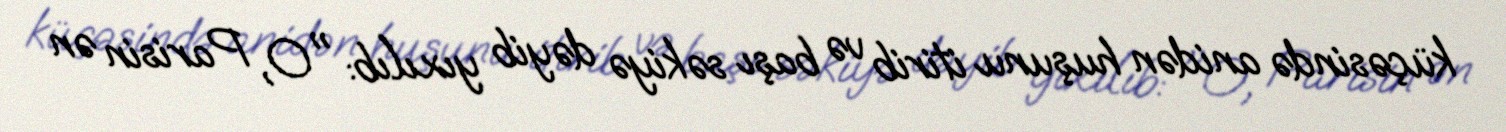
küçəsində anidən huşunu itirib və başı səkiyə dəyib yıxılıb: "O, Parisin ən